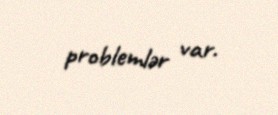
problemlər var.